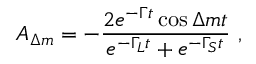
A _ { \Delta m } = - { \frac { 2 e ^ { - \Gamma t } \cos \Delta m t } { e ^ { - \Gamma _ { L } t } + e ^ { - \Gamma _ { S } t } } } \ ,